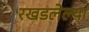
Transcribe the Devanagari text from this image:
रखडलेल्या